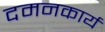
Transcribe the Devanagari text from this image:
दमनकार्य